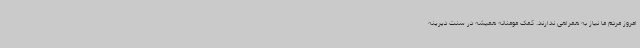
امروز مردم ما نیاز به همراهی ندارند. کمک مومنانه همیشه در سنت دیرینه